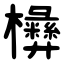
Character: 㰘